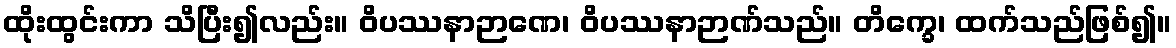
ထိုးထွင်းကာ သိပြီး၍လည်း။ ဝိပဿနာဉာဏေ၊ ဝိပဿနာဉာဏ်သည်။ တိက္ခေ၊ ထက်သည်ဖြစ်၍။